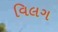
વિલગ